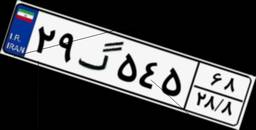
۴۳گ۳۶۳۶۶